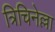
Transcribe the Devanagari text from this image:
त्रिचिनेल्ला